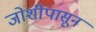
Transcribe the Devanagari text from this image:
जोशींपासून